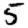
Digit: 5